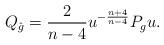
LaTeX: \begin{align*} Q_{\hat{g}} = \frac{2}{n-4} u^{-\frac{n+4}{n-4}} P_g u.\end{align*}